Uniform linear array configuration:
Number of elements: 64
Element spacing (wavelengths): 0.5
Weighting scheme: exponential
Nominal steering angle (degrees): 0
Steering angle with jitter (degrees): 0.03252
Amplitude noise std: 0.05
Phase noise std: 0.05

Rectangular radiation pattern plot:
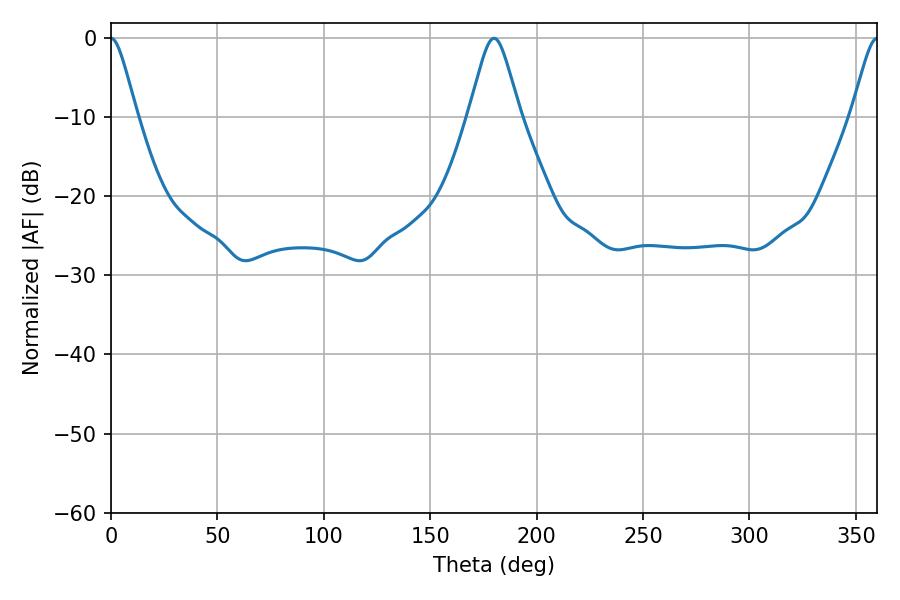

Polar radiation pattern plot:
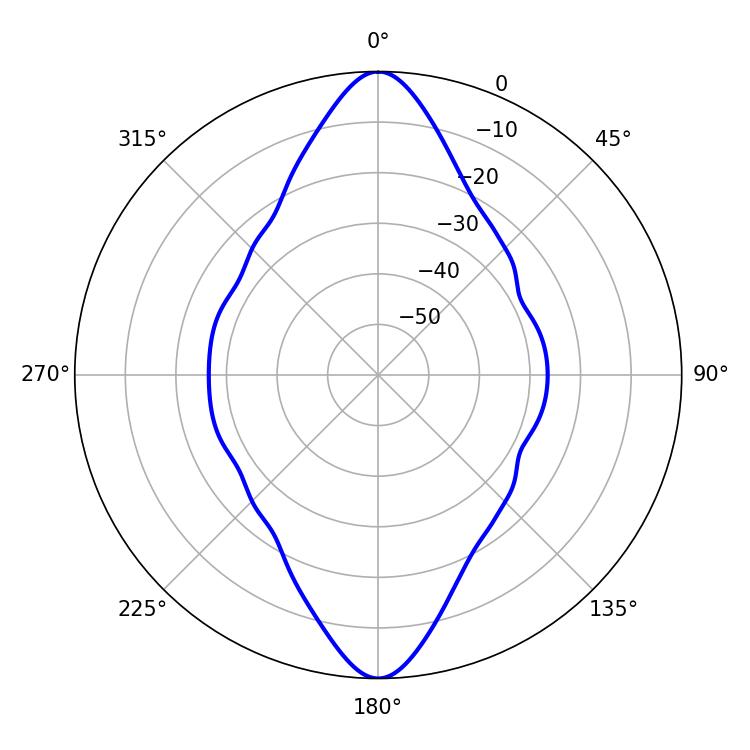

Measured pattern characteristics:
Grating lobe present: FALSE
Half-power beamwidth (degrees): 5.76
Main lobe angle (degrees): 0